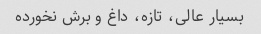
بسیار عالى، تازه، داغ و برش نخورده